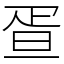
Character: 疍